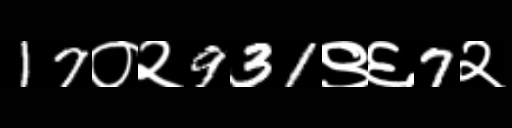
Text: 17०२931९६7२